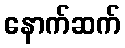
နောက်ဆက်